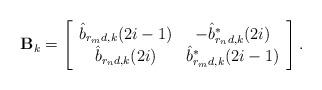
LaTeX: \begin{align*}\textbf{B}_k = \left[\begin{array}{c c}\hat{b}_{r_md,k}(2i-1) & -\hat{b}^*_{r_nd,k}(2i) \\\hat{b}_{r_nd,k}(2i) & \hat{b}^*_{r_md,k}(2i-1) \\ \end{array}\right].\end{align*}